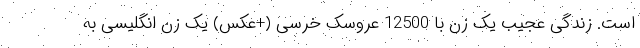
است. زندگی عجیب یک زن با 12500 عروسک خرسی (+عکس) یک زن انگلیسی به